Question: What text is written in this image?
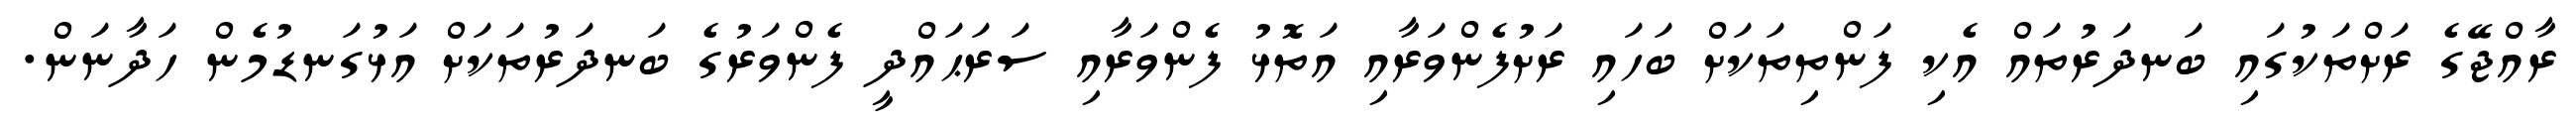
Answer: ރާއްޖޭގެ ރަށްތަކުގައި ބަނދަރުތައް އެކި ފަންތިތަކަށް ބަހައި ރަށުފެންވަރާއި އަތޮޅު ފެންވަރާއި ސަރަޙައްދީ ފެންވަރުގެ ބަނދަރުތަކަށް އަޅުގަނޑުމެން ހަދާނަން.